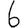
Digit: 6